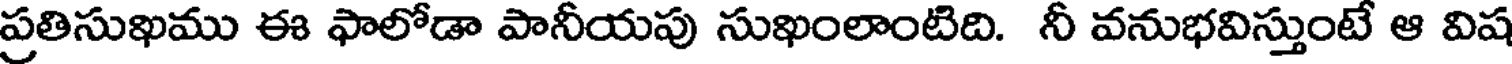
ప్రతిసుఖము ఈ ఫాలోడా పానీయపు సుఖంలాంటిది. నీ వనుభవిస్తుంటే ఆ విష